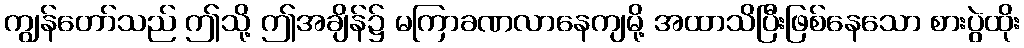
ကျွန်တော်သည် ဤသို့ ဤအချိန်၌ မကြာခဏလာနေကျမို့ အထာသိပြီးဖြစ်နေသော စားပွဲထိုး